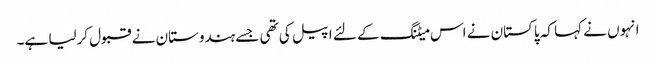
انہوں نے کہا کہ پاکستان نے اس میٹنگ کے لئے اپیل کی تھی جسے ہندوستان نے قبول کرلیا ہے۔